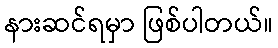
နားဆင်ရမှာ ဖြစ်ပါတယ်။